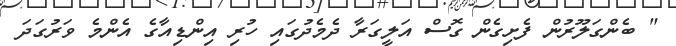
" ބެންގަލޫރުން ފެށިގެން ގޮސް އަލީގަރާ ދެމެދުގައި ހުރި އިންޑިއާގެ އެންމެ ވަރުގަދަ